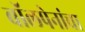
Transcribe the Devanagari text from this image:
बॉलपेनांचा